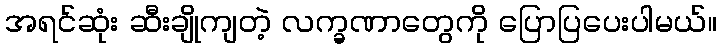
အရင်ဆုံး ဆီးချိုကျတဲ့ လက္ခဏာတွေကို ပြောပြပေးပါမယ်။